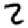
Digit: 2